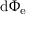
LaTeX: \mathrm { d } \Phi _ { \mathrm { e } }